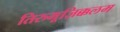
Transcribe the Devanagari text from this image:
तिरुमूज़िक्कलम